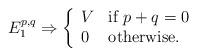
LaTeX: \begin{align*}E^{p,q}_1\Rightarrow\left\{\begin{array}{ll}{V} & \mbox{if } p+q=0\\0 & \mbox{otherwise.}\end{array}\right.\end{align*}